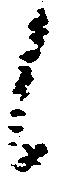
候